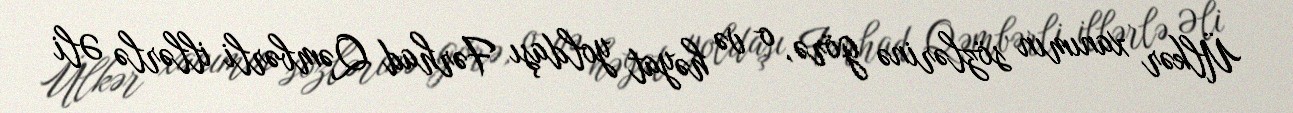
Ülkər xanımın sözlərinə görə, o və həyat yoldaşı Fərhad Qəmbərli illərlə Əli